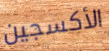
الأكسجين